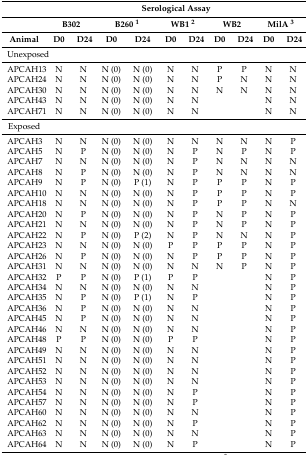
<table><thead><tr><td>[EMPTY_CELL]</td><td colspan="10"><b>Serological Assay</b></td></tr><tr><td>[EMPTY_CELL]</td><td colspan="2"><b>B302</b></td><td colspan="2"><b>B260 <sup>1</sup></b></td><td colspan="2"><b>WB1 <sup>2</sup></b></td><td colspan="2"><b>WB2</b></td><td colspan="2"><b>MilA <sup>3</sup></b></td></tr><tr><td><b>Animal</b></td><td><b>D0</b></td><td><b>D24</b></td><td><b>D0</b></td><td><b>D24</b></td><td><b>D0</b></td><td><b>D24</b></td><td><b>D0</b></td><td><b>D24</b></td><td><b>D0</b></td><td><b>D24</b></td></tr></thead><tbody><tr><td>Unexposed</td><td>[EMPTY_CELL]</td><td>[EMPTY_CELL]</td><td>[EMPTY_CELL]</td><td>[EMPTY_CELL]</td><td>[EMPTY_CELL]</td><td>[EMPTY_CELL]</td><td>[EMPTY_CELL]</td><td>[EMPTY_CELL]</td><td>[EMPTY_CELL]</td><td>[EMPTY_CELL]</td></tr><tr><td>APCAH13</td><td>N</td><td>N</td><td>N (0)</td><td>N (0)</td><td>N</td><td>N</td><td>P</td><td>P</td><td>N</td><td>N</td></tr><tr><td>APCAH24</td><td>N</td><td>N</td><td>N (0)</td><td>N (0)</td><td>N</td><td>N</td><td>P</td><td>N</td><td>N</td><td>N</td></tr><tr><td>APCAH30</td><td>N</td><td>N</td><td>N (0)</td><td>N (0)</td><td>N</td><td>N</td><td>N</td><td>N</td><td>N</td><td>N</td></tr><tr><td>APCAH43</td><td>N</td><td>N</td><td>N (0)</td><td>N (0)</td><td>N</td><td>N</td><td>[EMPTY_CELL]</td><td>[EMPTY_CELL]</td><td>N</td><td>N</td></tr><tr><td>APCAH71</td><td>N</td><td>N</td><td>N (0)</td><td>N (0)</td><td>N</td><td>N</td><td>[EMPTY_CELL]</td><td>[EMPTY_CELL]</td><td>N</td><td>N</td></tr><tr><td>Exposed</td><td>[EMPTY_CELL]</td><td>[EMPTY_CELL]</td><td>[EMPTY_CELL]</td><td>[EMPTY_CELL]</td><td>[EMPTY_CELL]</td><td>[EMPTY_CELL]</td><td>[EMPTY_CELL]</td><td>[EMPTY_CELL]</td><td>[EMPTY_CELL]</td><td>[EMPTY_CELL]</td></tr><tr><td>APCAH3</td><td>N</td><td>N</td><td>N (0)</td><td>N (0)</td><td>N</td><td>N</td><td>N</td><td>N</td><td>N</td><td>P</td></tr><tr><td>APCAH5</td><td>N</td><td>P</td><td>N (0)</td><td>N (0)</td><td>N</td><td>P</td><td>N</td><td>P</td><td>N</td><td>P</td></tr><tr><td>APCAH7</td><td>N</td><td>N</td><td>N (0)</td><td>N (0)</td><td>N</td><td>P</td><td>N</td><td>N</td><td>N</td><td>N</td></tr><tr><td>APCAH8</td><td>N</td><td>P</td><td>N (0)</td><td>N (0)</td><td>N</td><td>P</td><td>N</td><td>N</td><td>N</td><td>N</td></tr><tr><td>APCAH9</td><td>N</td><td>P</td><td>N (0)</td><td>P (1)</td><td>N</td><td>P</td><td>P</td><td>P</td><td>N</td><td>P</td></tr><tr><td>APCAH10</td><td>N</td><td>N</td><td>N (0)</td><td>N (0)</td><td>N</td><td>P</td><td>P</td><td>P</td><td>N</td><td>P</td></tr><tr><td>APCAH18</td><td>N</td><td>N</td><td>N (0)</td><td>N (0)</td><td>N</td><td>P</td><td>P</td><td>P</td><td>N</td><td>N</td></tr><tr><td>APCAH20</td><td>N</td><td>P</td><td>N (0)</td><td>N (0)</td><td>N</td><td>P</td><td>N</td><td>P</td><td>N</td><td>P</td></tr><tr><td>APCAH21</td><td>N</td><td>N</td><td>N (0)</td><td>N (0)</td><td>N</td><td>P</td><td>N</td><td>P</td><td>N</td><td>P</td></tr><tr><td>APCAH22</td><td>N</td><td>P</td><td>N (0)</td><td>P (2)</td><td>N</td><td>P</td><td>N</td><td>N</td><td>N</td><td>P</td></tr><tr><td>APCAH23</td><td>N</td><td>N</td><td>N (0)</td><td>N (0)</td><td>P</td><td>P</td><td>P</td><td>P</td><td>N</td><td>P</td></tr><tr><td>APCAH26</td><td>N</td><td>P</td><td>N (0)</td><td>N (0)</td><td>N</td><td>P</td><td>P</td><td>P</td><td>N</td><td>P</td></tr><tr><td>APCAH31</td><td>N</td><td>N</td><td>N (0)</td><td>N (0)</td><td>N</td><td>N</td><td>N</td><td>P</td><td>N</td><td>P</td></tr><tr><td>APCAH32</td><td>P</td><td>P</td><td>N (0)</td><td>P (1)</td><td>P</td><td>P</td><td>[EMPTY_CELL]</td><td>[EMPTY_CELL]</td><td>N</td><td>P</td></tr><tr><td>APCAH34</td><td>N</td><td>N</td><td>N (0)</td><td>N (0)</td><td>N</td><td>N</td><td>[EMPTY_CELL]</td><td>[EMPTY_CELL]</td><td>N</td><td>P</td></tr><tr><td>APCAH35</td><td>N</td><td>P</td><td>N (0)</td><td>P (1)</td><td>N</td><td>P</td><td>[EMPTY_CELL]</td><td>[EMPTY_CELL]</td><td>N</td><td>P</td></tr><tr><td>APCAH36</td><td>N</td><td>P</td><td>N (0)</td><td>N (0)</td><td>N</td><td>N</td><td>[EMPTY_CELL]</td><td>[EMPTY_CELL]</td><td>N</td><td>P</td></tr><tr><td>APCAH45</td><td>N</td><td>P</td><td>N (0)</td><td>N (0)</td><td>N</td><td>N</td><td>[EMPTY_CELL]</td><td>[EMPTY_CELL]</td><td>N</td><td>P</td></tr><tr><td>APCAH46</td><td>N</td><td>N</td><td>N (0)</td><td>N (0)</td><td>N</td><td>N</td><td>[EMPTY_CELL]</td><td>[EMPTY_CELL]</td><td>N</td><td>P</td></tr><tr><td>APCAH48</td><td>P</td><td>P</td><td>N (0)</td><td>N (0)</td><td>P</td><td>P</td><td>[EMPTY_CELL]</td><td>[EMPTY_CELL]</td><td>N</td><td>P</td></tr><tr><td>APCAH49</td><td>N</td><td>N</td><td>N (0)</td><td>N (0)</td><td>N</td><td>N</td><td>[EMPTY_CELL]</td><td>[EMPTY_CELL]</td><td>N</td><td>P</td></tr><tr><td>APCAH51</td><td>N</td><td>N</td><td>N (0)</td><td>N (0)</td><td>N</td><td>N</td><td>[EMPTY_CELL]</td><td>[EMPTY_CELL]</td><td>N</td><td>P</td></tr><tr><td>APCAH52</td><td>N</td><td>N</td><td>N (0)</td><td>N (0)</td><td>N</td><td>N</td><td>[EMPTY_CELL]</td><td>[EMPTY_CELL]</td><td>N</td><td>P</td></tr><tr><td>APCAH53</td><td>N</td><td>N</td><td>N (0)</td><td>N (0)</td><td>N</td><td>N</td><td>[EMPTY_CELL]</td><td>[EMPTY_CELL]</td><td>N</td><td>P</td></tr><tr><td>APCAH54</td><td>N</td><td>N</td><td>N (0)</td><td>N (0)</td><td>N</td><td>P</td><td>[EMPTY_CELL]</td><td>[EMPTY_CELL]</td><td>N</td><td>P</td></tr><tr><td>APCAH57</td><td>N</td><td>N</td><td>N (0)</td><td>N (0)</td><td>N</td><td>P</td><td>[EMPTY_CELL]</td><td>[EMPTY_CELL]</td><td>N</td><td>P</td></tr><tr><td>APCAH60</td><td>N</td><td>N</td><td>N (0)</td><td>N (0)</td><td>N</td><td>N</td><td>[EMPTY_CELL]</td><td>[EMPTY_CELL]</td><td>N</td><td>P</td></tr><tr><td>APCAH62</td><td>N</td><td>N</td><td>N (0)</td><td>N (0)</td><td>N</td><td>P</td><td>[EMPTY_CELL]</td><td>[EMPTY_CELL]</td><td>N</td><td>P</td></tr><tr><td>APCAH63</td><td>N</td><td>N</td><td>N (0)</td><td>N (0)</td><td>N</td><td>N</td><td>[EMPTY_CELL]</td><td>[EMPTY_CELL]</td><td>N</td><td>P</td></tr><tr><td>APCAH64</td><td>N</td><td>N</td><td>N (0)</td><td>N (0)</td><td>N</td><td>P</td><td>[EMPTY_CELL]</td><td>[EMPTY_CELL]</td><td>N</td><td>P</td></tr></tbody></table>